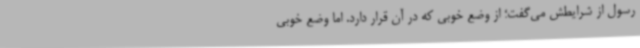
رسول از شرایطش می‌گفت؛ از وضع خوبی که در آن قرار دارد. اما وضع خوبی